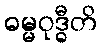
ဓမ္မဝုဒ္ဓီတိ